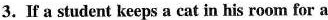
3. If a student keeps a cat in his room for a